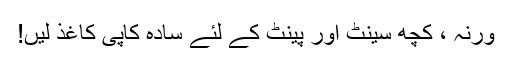
ورنہ ، کچھ سینٹ اور پینٹ کے لئے سادہ کاپی کاغذ لیں!